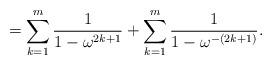
LaTeX: \begin{align*}= \sum_{k=1}^{m} \frac{1}{1 - \omega^{2k+1}} + \sum_{k=1}^{m} \frac{1}{1 - \omega^{-(2k+1)}}.\end{align*}